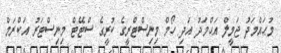
މުޙައްމަދު ޖަމީލް އަޙްމަދު އަދި ހޯމް މިނިސްޓްރީގެ ކުރީގެ ސްޓޭޓް މިނިސްޓަރު އަކްރަމް